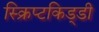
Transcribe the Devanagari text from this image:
स्क्रिप्टकिड्डी